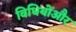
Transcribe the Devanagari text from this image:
विधियोंऔर